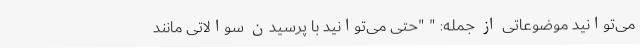
می‌توانید موضوعاتی از جمله: " "حتی می‌توانید با پرسیدن سوالاتی مانند